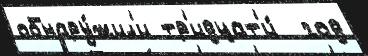
обнару́жил'и тр'идцат'и́  год